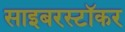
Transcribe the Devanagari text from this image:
साइबरस्टॉकर